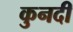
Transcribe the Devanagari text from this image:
कुनदी